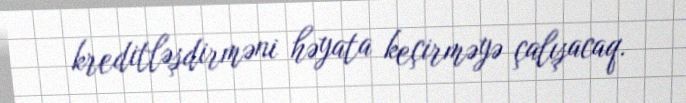
kreditləşdirməni həyata keçirməyə çalışacaq.